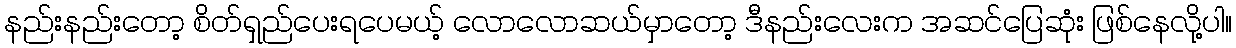
နည်းနည်းတော့ စိတ်ရှည်ပေးရပေမယ့် လောလောဆယ်မှာတော့ ဒီနည်းလေးက အဆင်ပြေဆုံး ဖြစ်နေလို့ပါ။